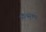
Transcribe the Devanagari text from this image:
औत्सुक्‍य